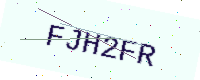
Text: FJH2FR